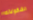
الشكولاته